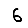
Digit: 6